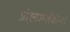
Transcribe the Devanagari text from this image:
प्रोस्टाग्लैंडीन।